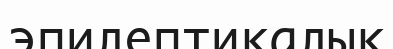
эпилептикалық